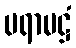
ပရာမဋ္ဌံ